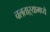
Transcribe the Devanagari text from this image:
चलताऱ्यामध्ये